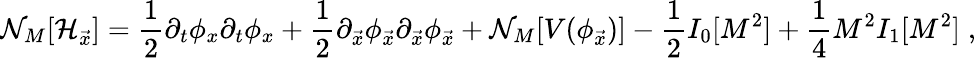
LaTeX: {\cal N}_{M}[{\cal H}_{\vec{x}}]={\frac{1}{2}}\partial_{t}\phi_{x}\partial_{t}\phi_{x}+{\frac{1}{2}}\partial_{\vec{x}}\phi_{\vec{x}}\partial_{\vec{x}}\phi_{\vec{x}}+{\cal N}_{M}[V(\phi_{\vec{x}})]-{\frac{1}{2}}I_{0}[M^{2}]+{\frac{1}{4}}M^{2}I_{1}[M^{2}]\; ,